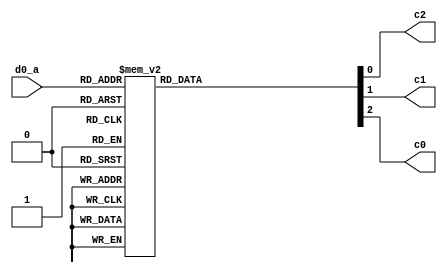
`timescale 1ns / 1ps

module booth(d0_a,c2,c1,c0);
input [3:0] d0_a;
output reg c0,c1,c2;

always @ *
	case (d0_a)
		4'b0000 : 
		begin
		c2 = 1'b0;
		c1 = 1'b0;
		c0 = 1'b0;
		end

		4'b0001 :
		begin
		c2 = 1'b0;
		c1 = 1'b1;
		c0 = 1'b1;
		end

		4'b0010 :
		begin
		c2 = 1'b0;
		c1 = 1'b1;
		c0 = 1'b1;
		end

		4'b0011 :
		begin
		c2 = 1'b0;
		c1 = 1'b0;
		c0 = 1'b1;
		end

		4'b0100 : 
		begin
		c2 = 1'b1;
		c1 = 1'b0;
		c0 = 1'b1;
		end

		4'b0101 :
		begin
		c2 = 1'b1;
		c1 = 1'b1;
		c0 = 1'b1;
		end

		4'b0110 : 
		begin
		c2 = 1'b1;
		c1 = 1'b1;
		c0 = 1'b1;
		end

		4'b0111 :
		begin	
		c2 = 1'b0;
		c1 = 1'b0;
		c0 = 1'b0;
		end
		
		4'b1000 : 
		begin
		c2 = 1'b0;
		c1 = 1'b0;
		c0 = 1'b0;
		end

		4'b1001 :
		begin
		c2 = 1'b1;
		c1 = 1'b1;
		c0 = 1'b1;
		end

		4'b1010 :
		begin
		c2 = 1'b1;
		c1 = 1'b1;
		c0 = 1'b1;
		end

		4'b1011 :
		begin
		c2 = 1'b1;
		c1 = 1'b0;
		c0 = 1'b1;
		end

		4'b1100 : 
		begin
		c2 = 1'b0;
		c1 = 1'b0;
		c0 = 1'b1;
		end

		4'b1101 :
		begin
		c2 = 1'b0;
		c1 = 1'b1;
		c0 = 1'b1;
		end

		4'b1110 :
		begin	
		c2 = 1'b0;
		c1 = 1'b1;
		c0 = 1'b1;
		end

		4'b1111 : 
		begin
		c2 = 1'b0;
		c1 = 1'b0;
		c0 = 1'b0;
		end
	endcase


endmodule